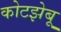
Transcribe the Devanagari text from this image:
कोटझेबू